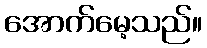
အောက်မေ့သည်။